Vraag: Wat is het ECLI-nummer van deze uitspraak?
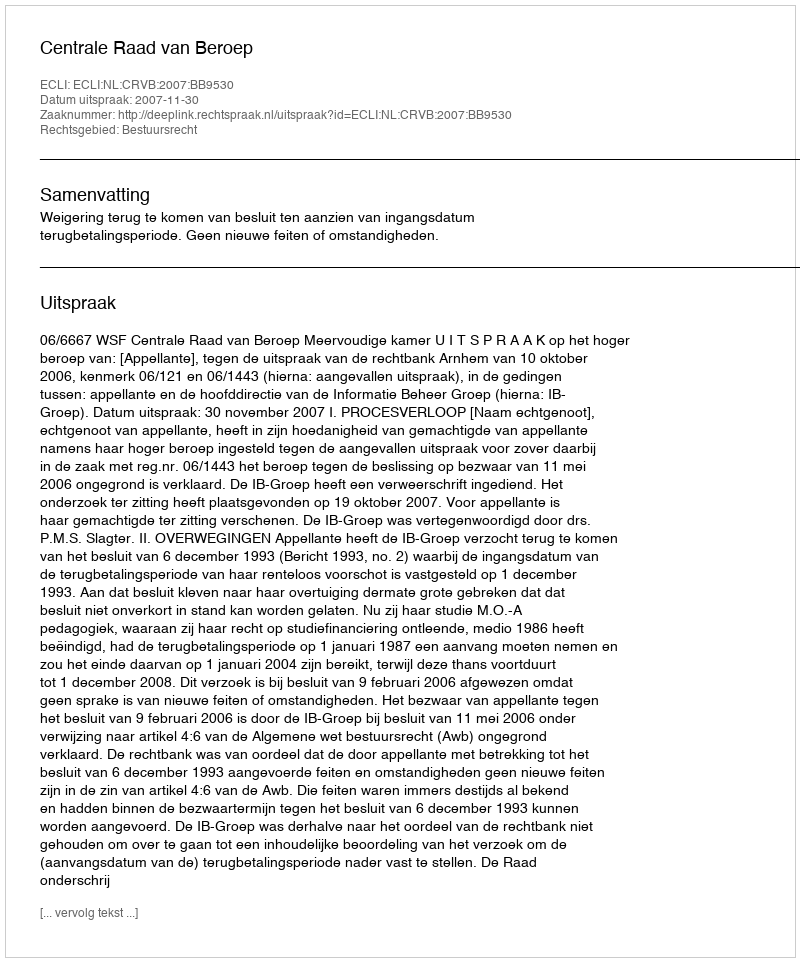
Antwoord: ECLI:NL:CRVB:2007:BB9530